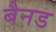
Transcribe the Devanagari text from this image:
बैनड